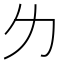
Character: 𠠲